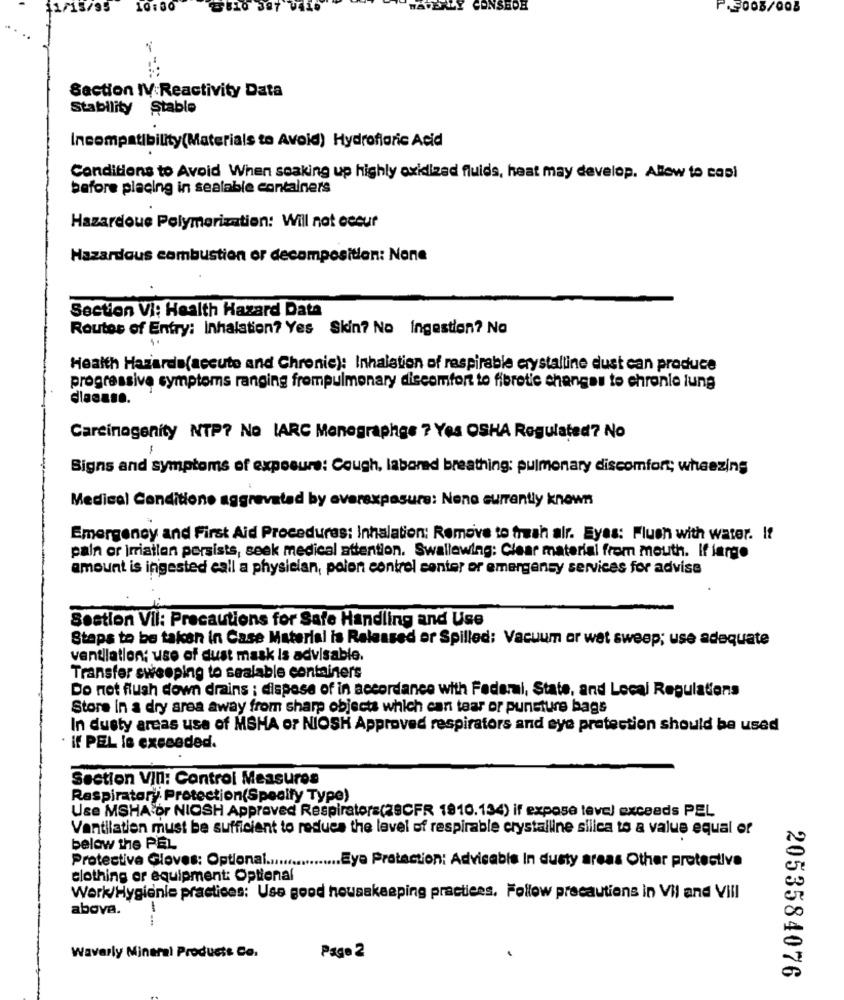
11/15/95
10:30
EDE
Section IV:Reactivity Data
Stability Stable
Incompatibility(Materials to Avoid) Hydrofloric Acid
Conditions to Avoid When soaking up highly oxidized fluids, heat may develop. Allow to capi
before placing in sealable containers
Hazardous Polymerization: Will not occur
Hazardous combustion or decomposition: None
Section Vi: Health Hazard Data
Routes of Entry: Inhalation? Yes Skin? No Ingestion? No
Health Hazards(accute and Chronic): Inhalation of respirable crystalline dust can produce
progressive symptoms ranging frompulmonary discomfort to fibrotic changes to chronic lung
dlacaso.
Carcinogenity NTP? No IARC Monographge ? Yes OSHA Regulated? No
-
Signs and symptoms of exposure: Cough, labored breathing: pulmonary discomfort; wheezing
Medical Conditions aggravated by overexposure: None currently known
Emergency and First Aid Procedures: Inhalation: Remove to fresh air. Eyes: Flush with water. It
pain or Irriallen persists, seek medical attention. Swallowing: Clear material from mouth. If largo
amount is ingested call a physician, polon control center or emergency services for advise
Sestion Vil: Precautions for Safe Handling and Use
Staps to be taken in Case Material is Released or Spilled: Vacuum or wet sweep; use adequate
ventilation; use of dust mask is advisable.
Transfer sweeping to sealable containers
Do not flush down drains ; dispose of in accordance with Federal, State, and Local Regulations
Store in a dry area away from sharp objects which can tear or puncture bags
In dusty areas use of MSHA or NIOSH Approved respirators and eye protection should be used
if PEL le exceeded.
Section VIII: Control Measures
Respiratory Protection(Specify Type)
Use MSHA or NIOSH Approved Respirators(29CFR 1810.134) if expose teve) exceeds PEL
Ventilation must be sufficient to reduce the level of respirable crystalline silica to a value equal or
below the PEL
Protective Gloves: Optional ........
...... Eye Protection: Advisable In dusty areas Other protective
clothing or equipment: Optional
Werk/Hygienle practices: Use good housekeeping practices. Follow precautions in Vil and Vill
above.
--
Page 2
Waverly Mineral Products Co.
.
2053584076